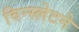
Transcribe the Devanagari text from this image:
विन्स्लेटने